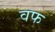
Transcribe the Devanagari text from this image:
वफ